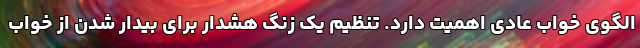
الگوی خواب عادی اهمیت دارد. تنظیم یک زنگ هشدار برای بیدار شدن از خواب